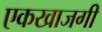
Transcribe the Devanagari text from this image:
एकखाजगी